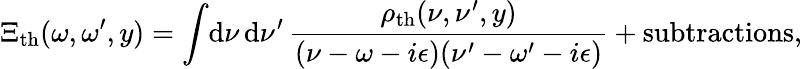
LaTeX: \Xi_{\mathrm{th}}(\omega,\omega^{\prime},y)=\int\! \mathrm{d}\nu\, \mathrm{d}\nu^{\prime}\, {\frac{\rho_{\mathrm{th}}(\nu,\nu^{\prime},y)}{(\nu-\omega-i\epsilon)(\nu^{\prime}-\omega^{\prime}-i\epsilon)}}+\mathrm{subtractions},